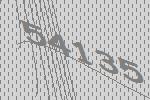
54135